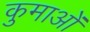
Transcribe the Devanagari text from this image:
कुमाओं